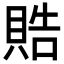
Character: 𬥘